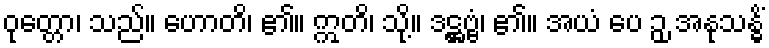
ဝုတ္တော၊ သည်။ ဟောတိ၊ ၏။ ဣတိ၊ သို့။ ဒဋ္ဌဗ္ဗံ၊ ၏။ အယံ ပေ ဉှ အနုသန္ဓိံ